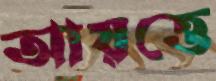
আয়ত্তে